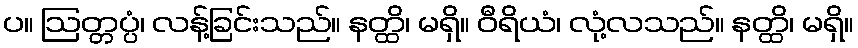
ပ။ ဩတ္တပ္ပံ၊ လန့်ခြင်းသည်။ နတ္ထိ၊ မရှိ။ ဝီရိယံ၊ လုံ့လသည်။ နတ္ထိ၊ မရှိ။